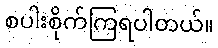
စပါးစိုက်ကြရပါတယ်။